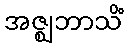
အဇ္ဈဘာသိံ